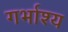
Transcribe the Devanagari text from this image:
गर्भाश्य